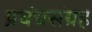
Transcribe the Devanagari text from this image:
प्रबंधसंग्रह